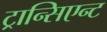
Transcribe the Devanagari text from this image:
ट्रान्सिएन्ट